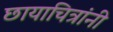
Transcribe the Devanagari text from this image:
छायाचित्रांनी